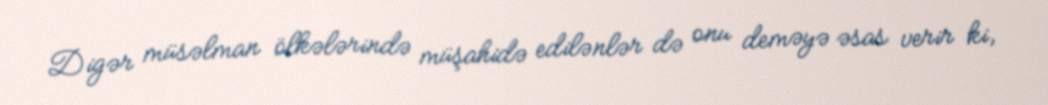
Digər müsəlman ölkələrində müşahidə edilənlər də onu deməyə əsas verir ki,